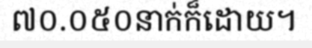
៧០.០៥០នាក់ក៏ដោយ។